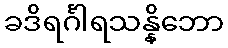
ခဒိရင်္ဂါရသန္နိဘော